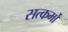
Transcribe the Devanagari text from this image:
सत्कर्मो